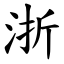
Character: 浙